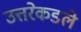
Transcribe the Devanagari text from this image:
उत्तरेकडले